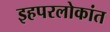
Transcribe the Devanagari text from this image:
इहपरलोकांत